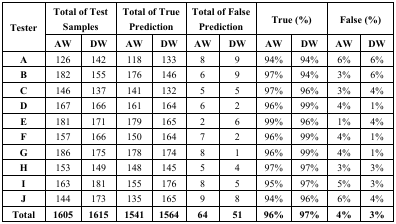
<table><thead><tr><td rowspan="2"><b>Tester</b></td><td colspan="2"><b>Total of Test Samples</b></td><td colspan="2"><b>Total of True Prediction</b></td><td colspan="2"><b>Total of False Prediction</b></td><td colspan="2"><b>True (%)</b></td><td colspan="2"><b>False (%)</b></td></tr><tr><td><b>AW</b></td><td><b>DW</b></td><td><b>AW</b></td><td><b>DW</b></td><td><b>AW</b></td><td><b>DW</b></td><td><b>AW</b></td><td><b>DW</b></td><td><b>AW</b></td><td><b>DW</b></td></tr></thead><tbody><tr><td><b>A</b></td><td>126</td><td>142</td><td>118</td><td>133</td><td>8</td><td>9</td><td>94%</td><td>94%</td><td>6%</td><td>6%</td></tr><tr><td><b>B</b></td><td>182</td><td>155</td><td>176</td><td>146</td><td>6</td><td>9</td><td>97%</td><td>94%</td><td>3%</td><td>6%</td></tr><tr><td><b>C</b></td><td>146</td><td>137</td><td>141</td><td>132</td><td>5</td><td>5</td><td>97%</td><td>96%</td><td>3%</td><td>4%</td></tr><tr><td><b>D</b></td><td>167</td><td>166</td><td>161</td><td>164</td><td>6</td><td>2</td><td>96%</td><td>99%</td><td>4%</td><td>1%</td></tr><tr><td><b>E</b></td><td>181</td><td>171</td><td>179</td><td>165</td><td>2</td><td>6</td><td>99%</td><td>96%</td><td>1%</td><td>4%</td></tr><tr><td><b>F</b></td><td>157</td><td>166</td><td>150</td><td>164</td><td>7</td><td>2</td><td>96%</td><td>99%</td><td>4%</td><td>1%</td></tr><tr><td><b>G</b></td><td>186</td><td>175</td><td>178</td><td>174</td><td>8</td><td>1</td><td>96%</td><td>99%</td><td>4%</td><td>1%</td></tr><tr><td><b>H</b></td><td>153</td><td>149</td><td>148</td><td>145</td><td>5</td><td>4</td><td>97%</td><td>97%</td><td>3%</td><td>3%</td></tr><tr><td><b>I</b></td><td>163</td><td>181</td><td>155</td><td>176</td><td>8</td><td>5</td><td>95%</td><td>97%</td><td>5%</td><td>3%</td></tr><tr><td><b>J</b></td><td>144</td><td>173</td><td>135</td><td>165</td><td>9</td><td>8</td><td>94%</td><td>96%</td><td>6%</td><td>4%</td></tr><tr><td><b>Total</b></td><td><b>1605</b></td><td><b>1615</b></td><td><b>1541</b></td><td><b>1564</b></td><td><b>64</b></td><td><b>51</b></td><td><b>96%</b></td><td><b>97%</b></td><td><b>4%</b></td><td><b>3%</b></td></tr></tbody></table>